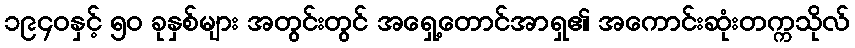
၁၉၄၀နှင့် ၅၀ ခုနှစ်များ အတွင်းတွင် အရှေ့တောင်အာရှ၏ အကောင်းဆုံးတက္ကသိုလ်